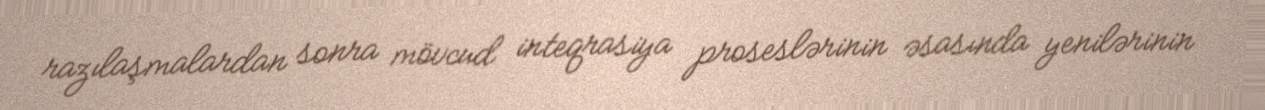
razılaşmalardan sonra mövcud inteqrasiya proseslərinin əsasında yenilərinin